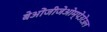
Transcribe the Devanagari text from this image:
बेओंजीजेओम्पेउरेउल